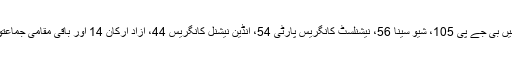
مہاراشٹرا کی اسمبلی میں بی جے پی 105، شیو سینا 56، نیشنلسٹ کانگریس پارٹی 54، انڈین نیشنل کانگریس 44، آزاد ارکان 14 اور باقی مقامی جماعتوں نے سیٹیں جیتی ہیں۔